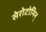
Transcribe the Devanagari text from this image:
सेरोटोनिन्